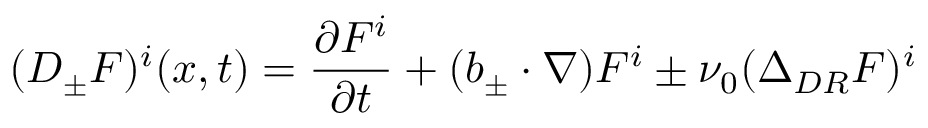
( D _ { \pm } F ) ^ { i } ( x , t ) = \frac { \partial F ^ { i } } { \partial t } + ( b _ { \pm } \cdot \nabla ) F ^ { i } \pm \nu _ { 0 } ( \Delta _ { D R } F ) ^ { i }